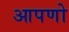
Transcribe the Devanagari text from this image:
आपणो